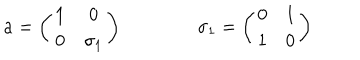
LaTeX: { \bf a } = \left( \begin{matrix} { { { \bf 1 } } } & { { 0 } } \\ { { 0 } } & { { \sigma _ { 1 } } } \\ \end{matrix} \right) \qquad \qquad \sigma _ { 1 } = \left( \begin{matrix} { { 0 } } & { { 1 } } \\ { { 1 } } & { { 0 } } \\ \end{matrix} \right)